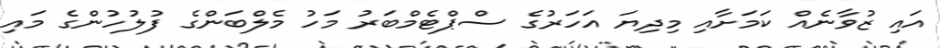
އައި ޒުވާނެއް ކަމަށާއި މިދިޔަ އަހަރުގެ ސްޕްޓެމްބަރު މަހު މެލްބަންގެ ފުލުހުންގެ މައި